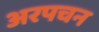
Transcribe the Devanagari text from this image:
अरपचन